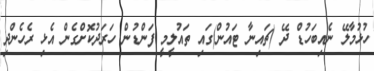
ހުޅުމާލޭ ނެއިބަހުޑް ދޭ (ޗައިނާ ޓައުން)ގައި ތައުލީމީ ފަންޑުން ހަރަދުކޮށްގެން އެޅި ރެހެންދި